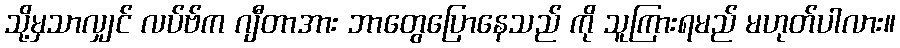
သို့မှသာလျှင် လပ်ဗ်က ဂျီတာအား ဘာတွေပြောနေသည် ကို သူကြားရမည် မဟုတ်ပါလား။